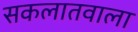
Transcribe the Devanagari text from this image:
सकलातवाला